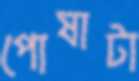
পোষাটা